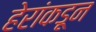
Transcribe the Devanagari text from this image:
हेरांकडून